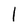
Character: l